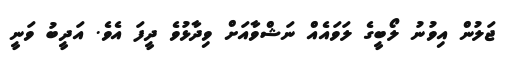
ޖަލުން އިވުނު ލޯބީގެ ލަވައެއް ނަޝްވާއަށް ވިދާޅުވެ ދީފަ އެވެ. އަދީބު ވަނީ